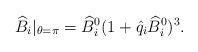
LaTeX: \begin{align*}\widehat B_i|_{\theta=\pi}={\widehat B}_i^0(1+\hat q_i{\widehat B}_i^0)^3.\end{align*}